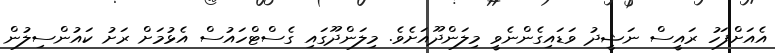
އެއަށްފަހު ރައީސް ނަޝީދު ވަޑައިގެންނެވީ މިލަންދޫއަށެވެ. މިލަންދޫގައި ގެސްޓްހައުސް އެޅުމަށް ރަށު ކައުންސިލުން